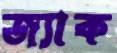
জ্যাক